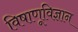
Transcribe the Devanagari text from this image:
विषाणूविज्ञान